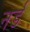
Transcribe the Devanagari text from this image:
नर्ड